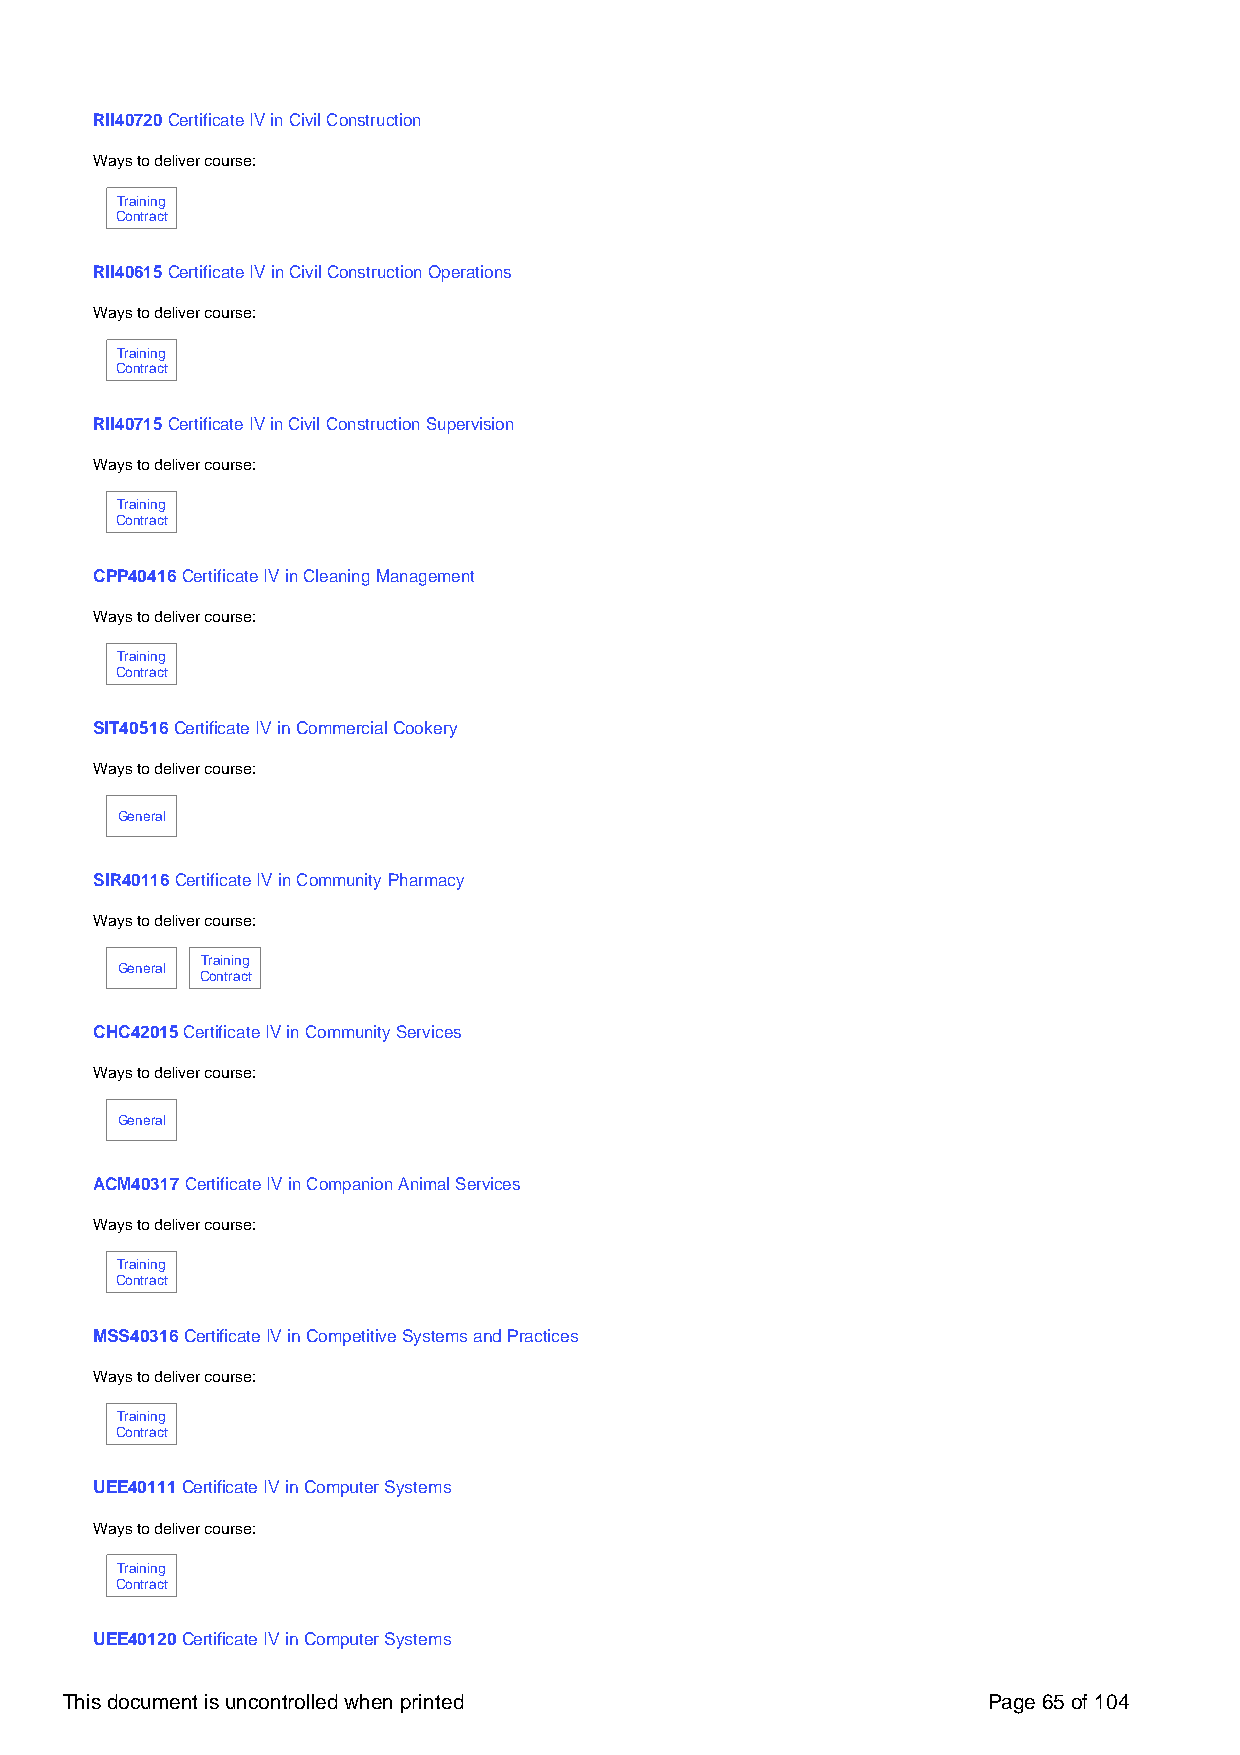
RII40720 Certificate IV in Civil Construction
 Ways to deliver course:
 Training
 Contract
 RII40615 Certificate IV in Civil Construction Operations
 Ways to deliver course:
 Training
 Contract
 RII40715 Certificate IV in Civil Construction Supervision
 Ways to deliver course:
 Training
 Contract
 CPP40416 Certificate IV in Cleaning Management
 Ways to deliver course:
 Training
 Contract
 SIT40516 Certificate IV in Commercial Cookery
 Ways to deliver course:
 General
 SIR40116 Certificate IV in Community Pharmacy
 Ways to deliver course:
 Training
 General
 Contract
 CHC42015 Certificate IV in Community Services
 Ways to deliver course:
 General
 ACM40317 Certificate IV in Companion Animal Services
 Ways to deliver course:
 Training
 Contract
 MSS40316 Certificate IV in Competitive Systems and Practices
 Ways to deliver course:
 Training
 Contract
 UEE40111 Certificate IV in Computer Systems
 Ways to deliver course:
 Training
 Contract
 UEE40120 Certificate IV in Computer Systems
 This document is uncontrolled when printed                   Page 65 of 104